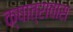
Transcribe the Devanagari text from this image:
क्षात्रावास